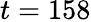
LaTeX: t=158